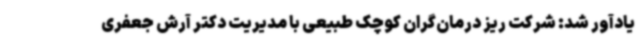
یادآور شد: شرکت ریز درمان‌گران کوچک طبیعی با مدیریت دکتر آرش جعفری